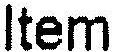
ITEM